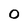
Character: 0